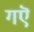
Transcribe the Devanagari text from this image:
गऎ